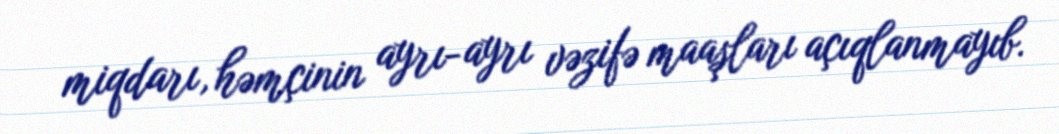
miqdarı, həmçinin ayrı-ayrı vəzifə maaşları açıqlanmayıb.